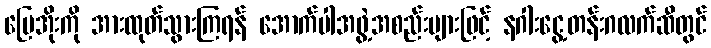
မြေအိုးကို အားထုတ်သွားကြရန် အောက်ပါအဖွဲ့အစည်းများဖြင့် နဂါးငွေ့တန်းဂလက်ဆီတွင်